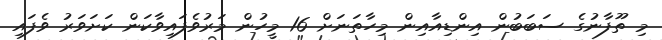
މި ތޫފާނުގެ ސަބަބުން އިންޑިއާއިން މިހާތަނަށް 16 މީހުން މަރުވެފައިވާކަން ކަށަވަރު ވެފައި